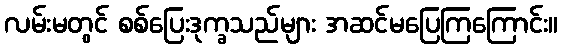
လမ်းမတွင် စစ်ပြေးဒုက္ခသည်များ အဆင်မပြေကြကြောင်း။